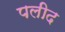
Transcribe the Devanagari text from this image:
पलीद